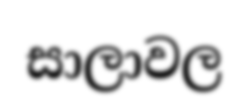
සාලාවල